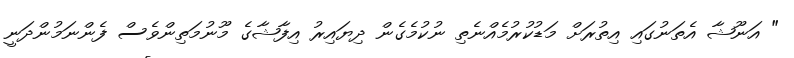
" އަނޫޝާ އެތަނުގައި އިތުރަށް މަޑުކުރުމެއްނެތި ނުކުމެގެން ދިޔައިރު އިފާޝާގެ މޫނުމަތިންވެސް ފެންނަމުންދަނީ